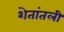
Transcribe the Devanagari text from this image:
शेतांतली